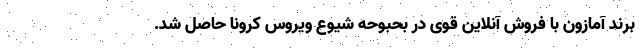
برند آمازون با فروش آنلاین قوی در بحبوحه شیوع ویروس کرونا حاصل شد.